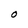
Character: O